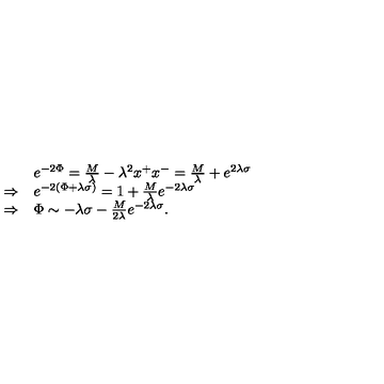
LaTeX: \begin{array} { l l } { \ } & { e ^ { - 2 \Phi } = { \frac { M } { \lambda } } - \lambda ^ { 2 } x ^ { + } x ^ { - } = { \frac { M } { \lambda } } + e ^ { 2 \lambda \sigma } } \\ { \Rightarrow } & { e ^ { - 2 \left( \Phi + \lambda \sigma \right) } = 1 + { \frac { M } { \lambda } } e ^ { - 2 \lambda \sigma } } \\ { \Rightarrow } & { \Phi \sim - \lambda \sigma - { \frac { M } { 2 \lambda } } e ^ { - 2 \lambda \sigma } . } \\ \end{array}